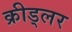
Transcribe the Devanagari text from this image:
क्रीड्लर